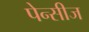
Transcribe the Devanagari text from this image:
पेन्सीज